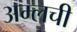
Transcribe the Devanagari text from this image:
अम्लची